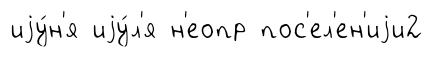
иjу́н'я иjу́л'я н'еопр пос'ел'ен'иjи2